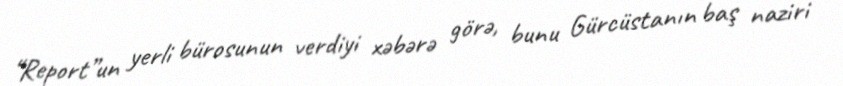
“Report”un yerli bürosunun verdiyi xəbərə görə, bunu Gürcüstanın baş naziri